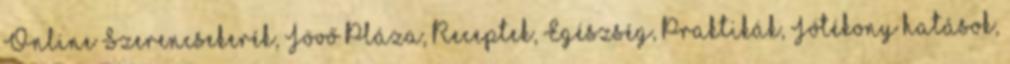
Online Szerencsekerék, Jövő Pláza, Receptek, Egészség, Praktikák, Jótékony hatások,